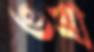
ওবা